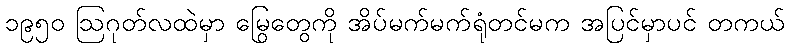
၁၉၅၀ ဩဂုတ်လထဲမှာ မြွေတွေကို အိပ်မက်မက်ရုံတင်မက အပြင်မှာပင် တကယ်